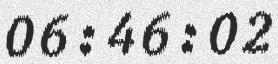
06:46:02